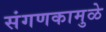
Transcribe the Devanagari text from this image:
संगणकामुळे